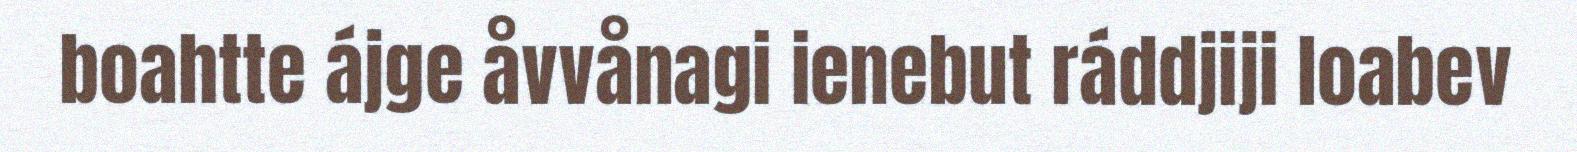
boahtte ájge åvvånagi ienebut ráddjiji loabev